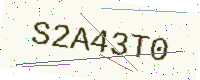
Text: S2A43T0